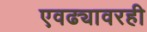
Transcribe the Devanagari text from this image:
एवढ्यावरही